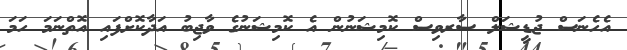
އެހެނަސް ޖުޑީޝަލް ސާރވިސް ކޮމިޝަނުން އެ ކޮމިޝަނުގެ ވާޖިބު އަދާކޮށްފައި އޮތްނަމަ ހަމަ